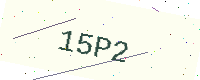
Text: 15P2